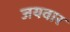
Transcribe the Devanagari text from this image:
जयवार